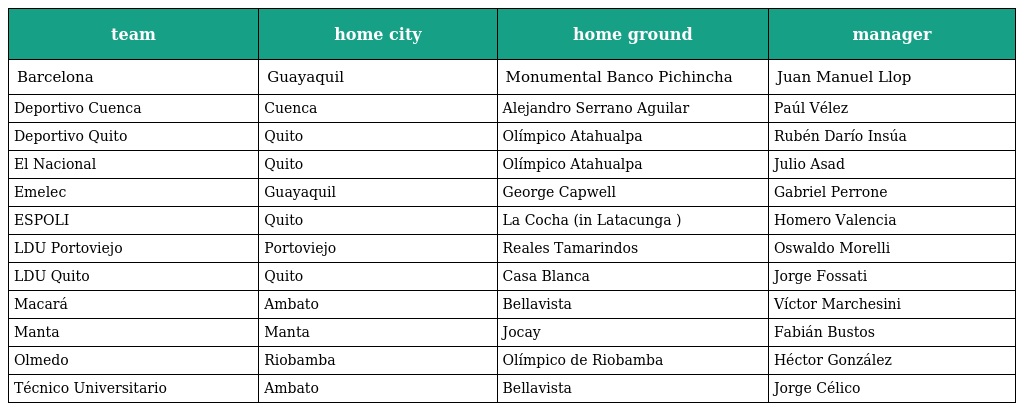
| team | home city | home ground | manager |
 | --- | --- | --- | --- |
 | Barcelona | Guayaquil | Monumental Banco Pichincha | Juan Manuel Llop |
 | Deportivo Cuenca | Cuenca | Alejandro Serrano Aguilar | Paúl Vélez |
 | Deportivo Quito | Quito | Olímpico Atahualpa | Rubén Darío Insúa |
 | El Nacional | Quito | Olímpico Atahualpa | Julio Asad |
 | Emelec | Guayaquil | George Capwell | Gabriel Perrone |
 | ESPOLI | Quito | La Cocha (in Latacunga ) | Homero Valencia |
 | LDU Portoviejo | Portoviejo | Reales Tamarindos | Oswaldo Morelli |
 | LDU Quito | Quito | Casa Blanca | Jorge Fossati |
 | Macará | Ambato | Bellavista | Víctor Marchesini |
 | Manta | Manta | Jocay | Fabián Bustos |
 | Olmedo | Riobamba | Olímpico de Riobamba | Héctor González |
 | Técnico Universitario | Ambato | Bellavista | Jorge Célico |